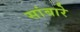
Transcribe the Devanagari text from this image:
सांबारे